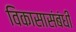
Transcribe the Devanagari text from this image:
विकासासंबंधी